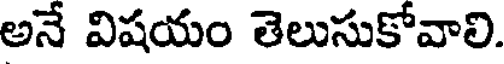
అనే విషయం తెలుసుకోవాలి.